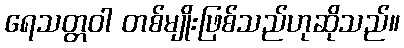
ရေသတ္တဝါ တစ်မျိုးဖြစ်သည်ဟုဆိုသည်။